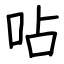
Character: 呫